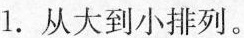
1.从大到小排列。